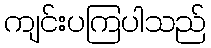
ကျင်းပကြပါသည်